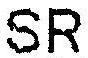
SR